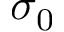
\sigma _ { 0 }